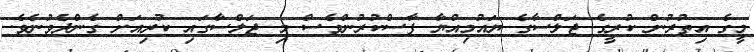
މީގެ އިތުރުން ކުރީގެ ޖަލްސާގެ ޔައުމިއްޔާ ފާސްކުރުންވެސް މި ޖަލްސާގައި ކުރިއަށް ގެންދެވުނެވެ.